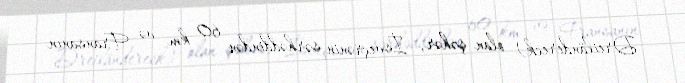
Dreiländereck) olan şəhər, İsveçrənin sərhəddindən 60 km və Fransanın